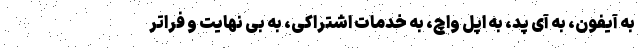
به آیفون، به آی پد، به اپل واچ، به خدمات اشتراکی، به بی نهایت و فراتر